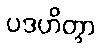
ပဒဟိတွာ